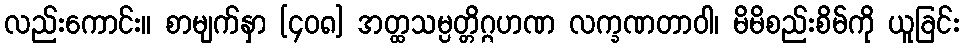
လည်းကောင်း။ စာမျက်နှာ [၄၀၈] အတ္ထသမ္ပတ္တိဂ္ဂဟဏ လက္ခဏတာဝါ၊ မိမိစည်းစိမ်ကို ယူခြင်း